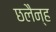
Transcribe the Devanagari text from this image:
छलैन्ह